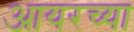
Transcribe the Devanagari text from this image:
आयरच्या